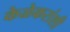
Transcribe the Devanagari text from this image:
केळेकरांशी